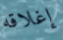
إغلاقه